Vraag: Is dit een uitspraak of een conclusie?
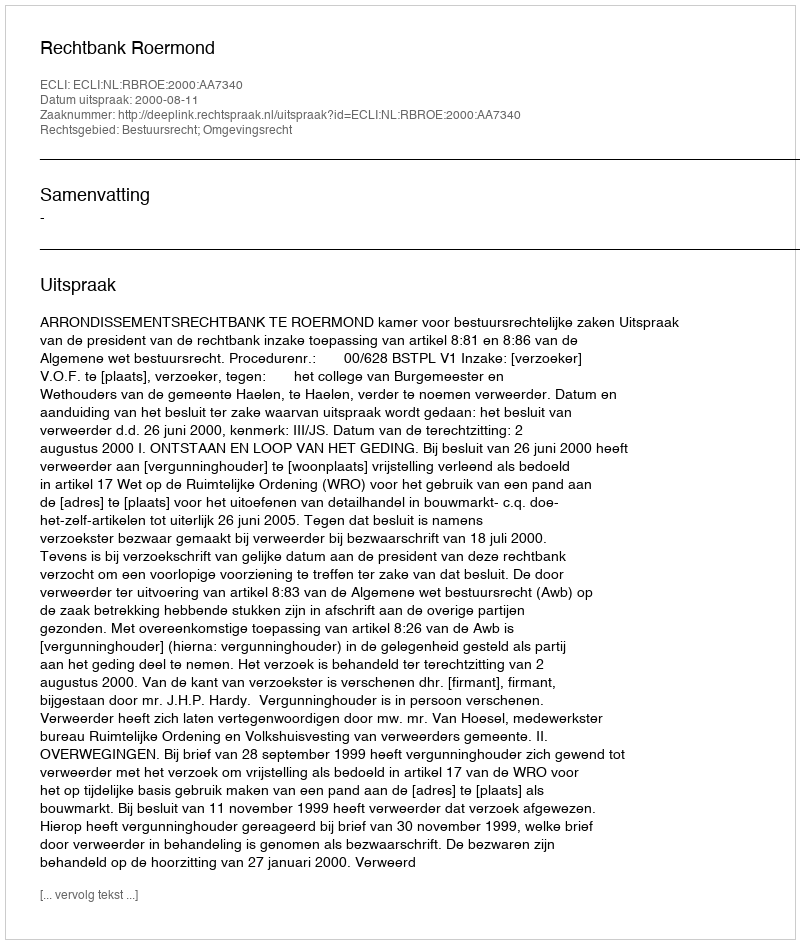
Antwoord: Uitspraak